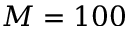
M = 1 0 0